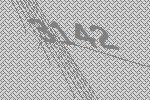
3142